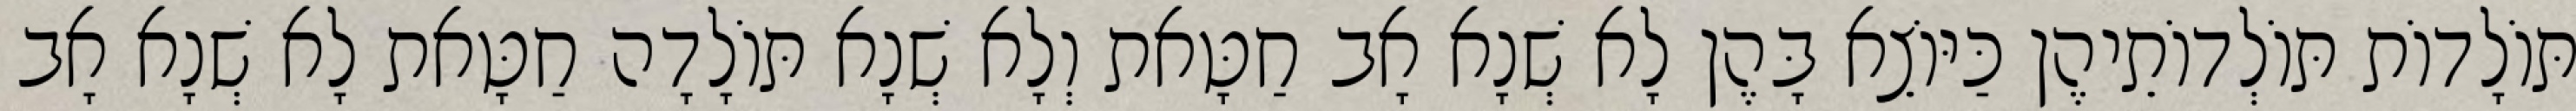
תּוֹלָדוֹת תּוֹלְדוֹתֵיהֶן כַּיּוֹצֵא בָּהֶן לָא שְׁנָא אָב חַטָּאת וְלָא שְׁנָא תּוֹלָדָה חַטָּאת לָא שְׁנָא אָב